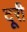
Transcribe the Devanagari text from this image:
दूरी